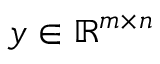
y \in \mathbb { R } ^ { m \times n }